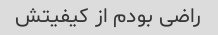
راضی بودم از کیفیتش